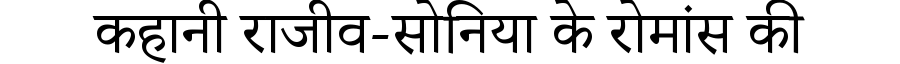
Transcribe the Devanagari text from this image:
कहानी राजीव-सोनिया के रोमांस की